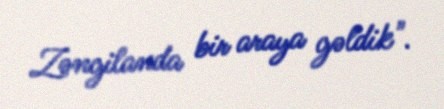
Zəngilanda bir araya gəldik".